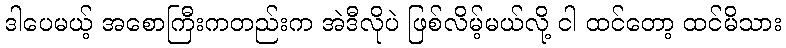
ဒါပေမယ့် အစောကြီးကတည်းက အဲဒီလိုပဲ ဖြစ်လိမ့်မယ်လို့ ငါ ထင်တော့ ထင်မိသား